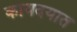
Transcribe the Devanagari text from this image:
कायदयात